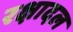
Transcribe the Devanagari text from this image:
रक्षादल